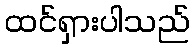
ထင်ရှားပါသည်